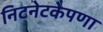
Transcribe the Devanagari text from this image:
निटनेटकेपणा